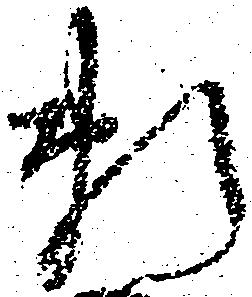
頼